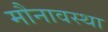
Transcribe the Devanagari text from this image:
मौनावस्था